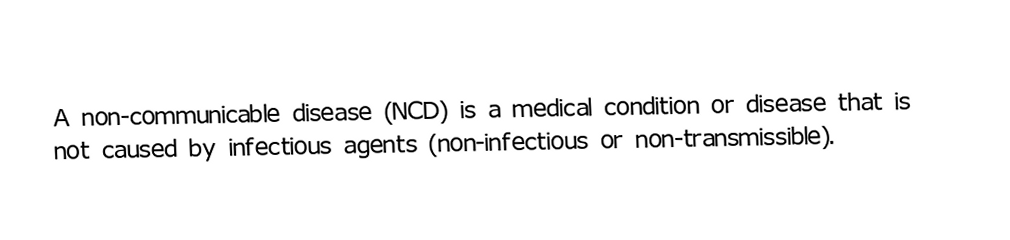
A non-communicable disease (NCD) is a medical condition or disease that is not caused by infectious agents (non-infectious or non-transmissible).